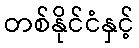
တစ်နိုင်ငံနှင့်